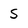
Character: S